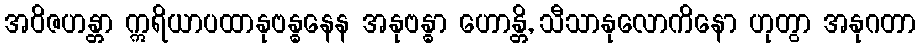
အဝိဇဟန္တာ ဣရိယာပထာနုဗန္ဓနေန အနုဗန္ဓာ ဟောန္တိ, သီသာနုလောကိနော ဟုတွာ အနုဂတာ